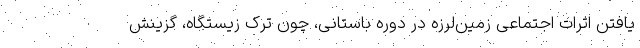
یافتن اثرات اجتماعی زمین‌لرزه در دوره باستانی، چون ترک زیستگاه، گزینش